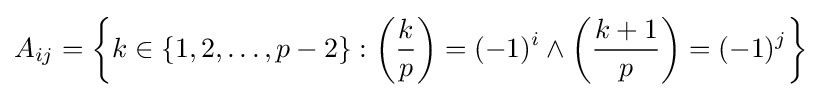
A_{ij}=\left\{k\in \{1,2,\dots ,p-2\}:\left({\frac {k}{p}}\right)=(-1)^{i}\land \left({\frac {k+1}{p}}\right)=(-1)^{j}\right\}